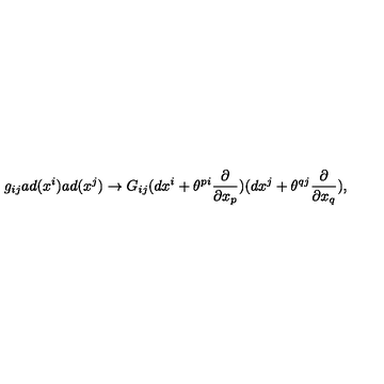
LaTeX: g _ { i j } a d ( x ^ { i } ) a d ( x ^ { j } ) \rightarrow G _ { i j } ( d x ^ { i } + \theta ^ { p i } \frac { \partial } { \partial x _ { p } } ) ( d x ^ { j } + \theta ^ { q j } \frac { \partial } { \partial x _ { q } } ) ,